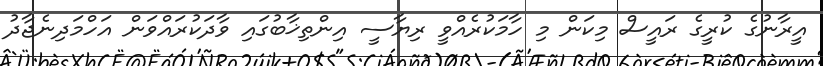
އީރާނުގެ ކުރީގެ ރައީސް މިކަން މި ހާމަކުރެއްވީ ރިޔާސީ އިންތިޚާބުގައި ވާދަކުރައްވަން އަހްމަދިނެޖާދު